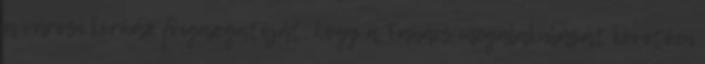
a városi kórház főigazgatóját, hogy a Tanács megalakulását követően